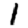
Digit: 1